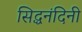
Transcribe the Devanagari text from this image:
सिद्धनंदिनी